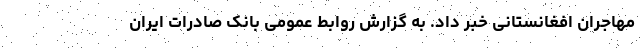
مهاجران افغانستانی خبر داد. به گزارش روابط عمومی بانک صادرات ایران